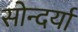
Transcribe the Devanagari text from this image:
सोन्दर्या